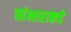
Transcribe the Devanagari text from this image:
चांभाराकडे